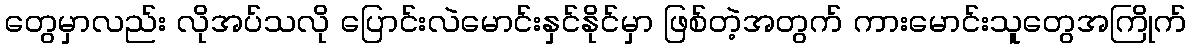
တွေမှာလည်း လိုအပ်သလို ပြောင်းလဲမောင်းနှင်နိုင်မှာ ဖြစ်တဲ့အတွက် ကားမောင်းသူတွေအကြိုက်